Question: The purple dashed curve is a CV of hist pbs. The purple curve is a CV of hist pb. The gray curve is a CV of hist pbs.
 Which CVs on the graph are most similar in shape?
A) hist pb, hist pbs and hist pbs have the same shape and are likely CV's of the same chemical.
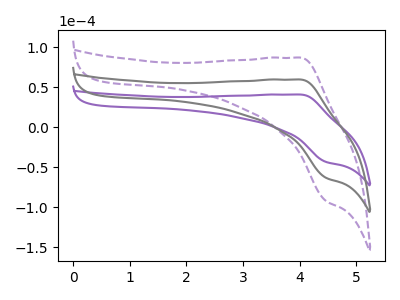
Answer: <think>The purple dashed curve "hist pbs" has an anodic peak at (4.00V, 119.55uA) and a cathodic peak at (4.45V, -126.55uA). The purple curve "hist pb" has an anodic peak at (4.00V, 41.00uA) and a cathodic peak at (4.45V, -43.40uA). The gray curve "hist pbs" has an anodic peak at (4.00V, 59.80uA) and a cathodic peak at (4.45V, -63.30uA).
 All the peaks in "hist pbs" have a peak in "hist pb" at the same potential. Every peak in "hist pbs" is higher than every peak in "hist pb". All the peaks in "hist pbs" have a peak in "hist pbs" at the same potential. Every peak in "hist pbs" is higher than every peak in "hist pbs". All the peaks in "hist pb" have a peak in "hist pbs" at the same potential. Every peak in "hist pb" is lower than every peak in "hist pbs".</think>
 <answer>A) "hist pb", "hist pbs" and "hist pbs" have the same shape and are likely CV's of the same chemical.</answer>
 <eval>A</eval>